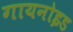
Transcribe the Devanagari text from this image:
गायनोइड